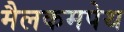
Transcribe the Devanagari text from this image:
मैलकमपेथ